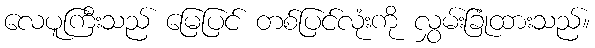
လေပူကြီးသည် မြေပြင် တစ်ပြင်လုံးကို လွှမ်းခြုံထားသည်။